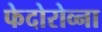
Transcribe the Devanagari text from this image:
फेदोरोव्ना